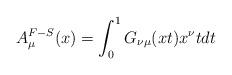
LaTeX: \begin{align*}A_{\mu}^{F-S}(x)= \int_{0}^{1} G_{\nu \mu}(x t) x^{\nu} t dt\end{align*}